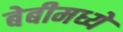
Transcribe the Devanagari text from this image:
बेबीमध्ये